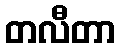
တလီတာ